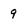
Character: 9